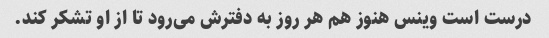
درست است وینس هنوز هم هر روز به دفترش می‌رود تا از او تشکر کند.